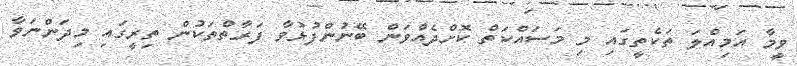
ވީމާ އަމިއްލަ ތަކެތީގައި މި މަސައްކަތް ކޮށްދެއްވަން ބޭނުންފުޅުވާ ފަރާތްތަކުން ތިރީގައި މިދަންނަވާ